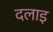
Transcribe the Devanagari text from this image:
दलाइ